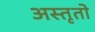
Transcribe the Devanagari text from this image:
अस्तृतो